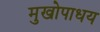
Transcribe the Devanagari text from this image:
मुखोपाधय